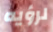
لرؤيه